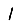
Digit: 1